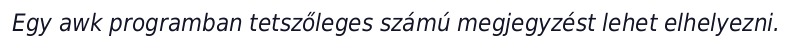
Egy awk programban tetszőleges számú megjegyzést lehet elhelyezni.